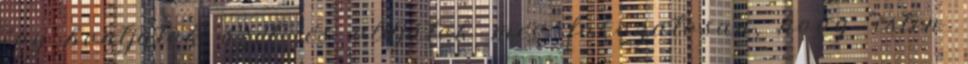
így bontjátok szét, és oldjátok meg fokozatosan, hogy “isten